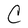
Character: C